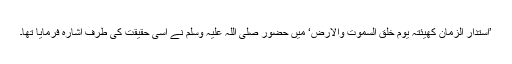
’استدار الزمان کھیئتہ یوم خلق السموت والارض‘ میں حضور صلی اللہ علیہ وسلم نے اسی حقیقت کی طرف اشارہ فرمایا تھا۔